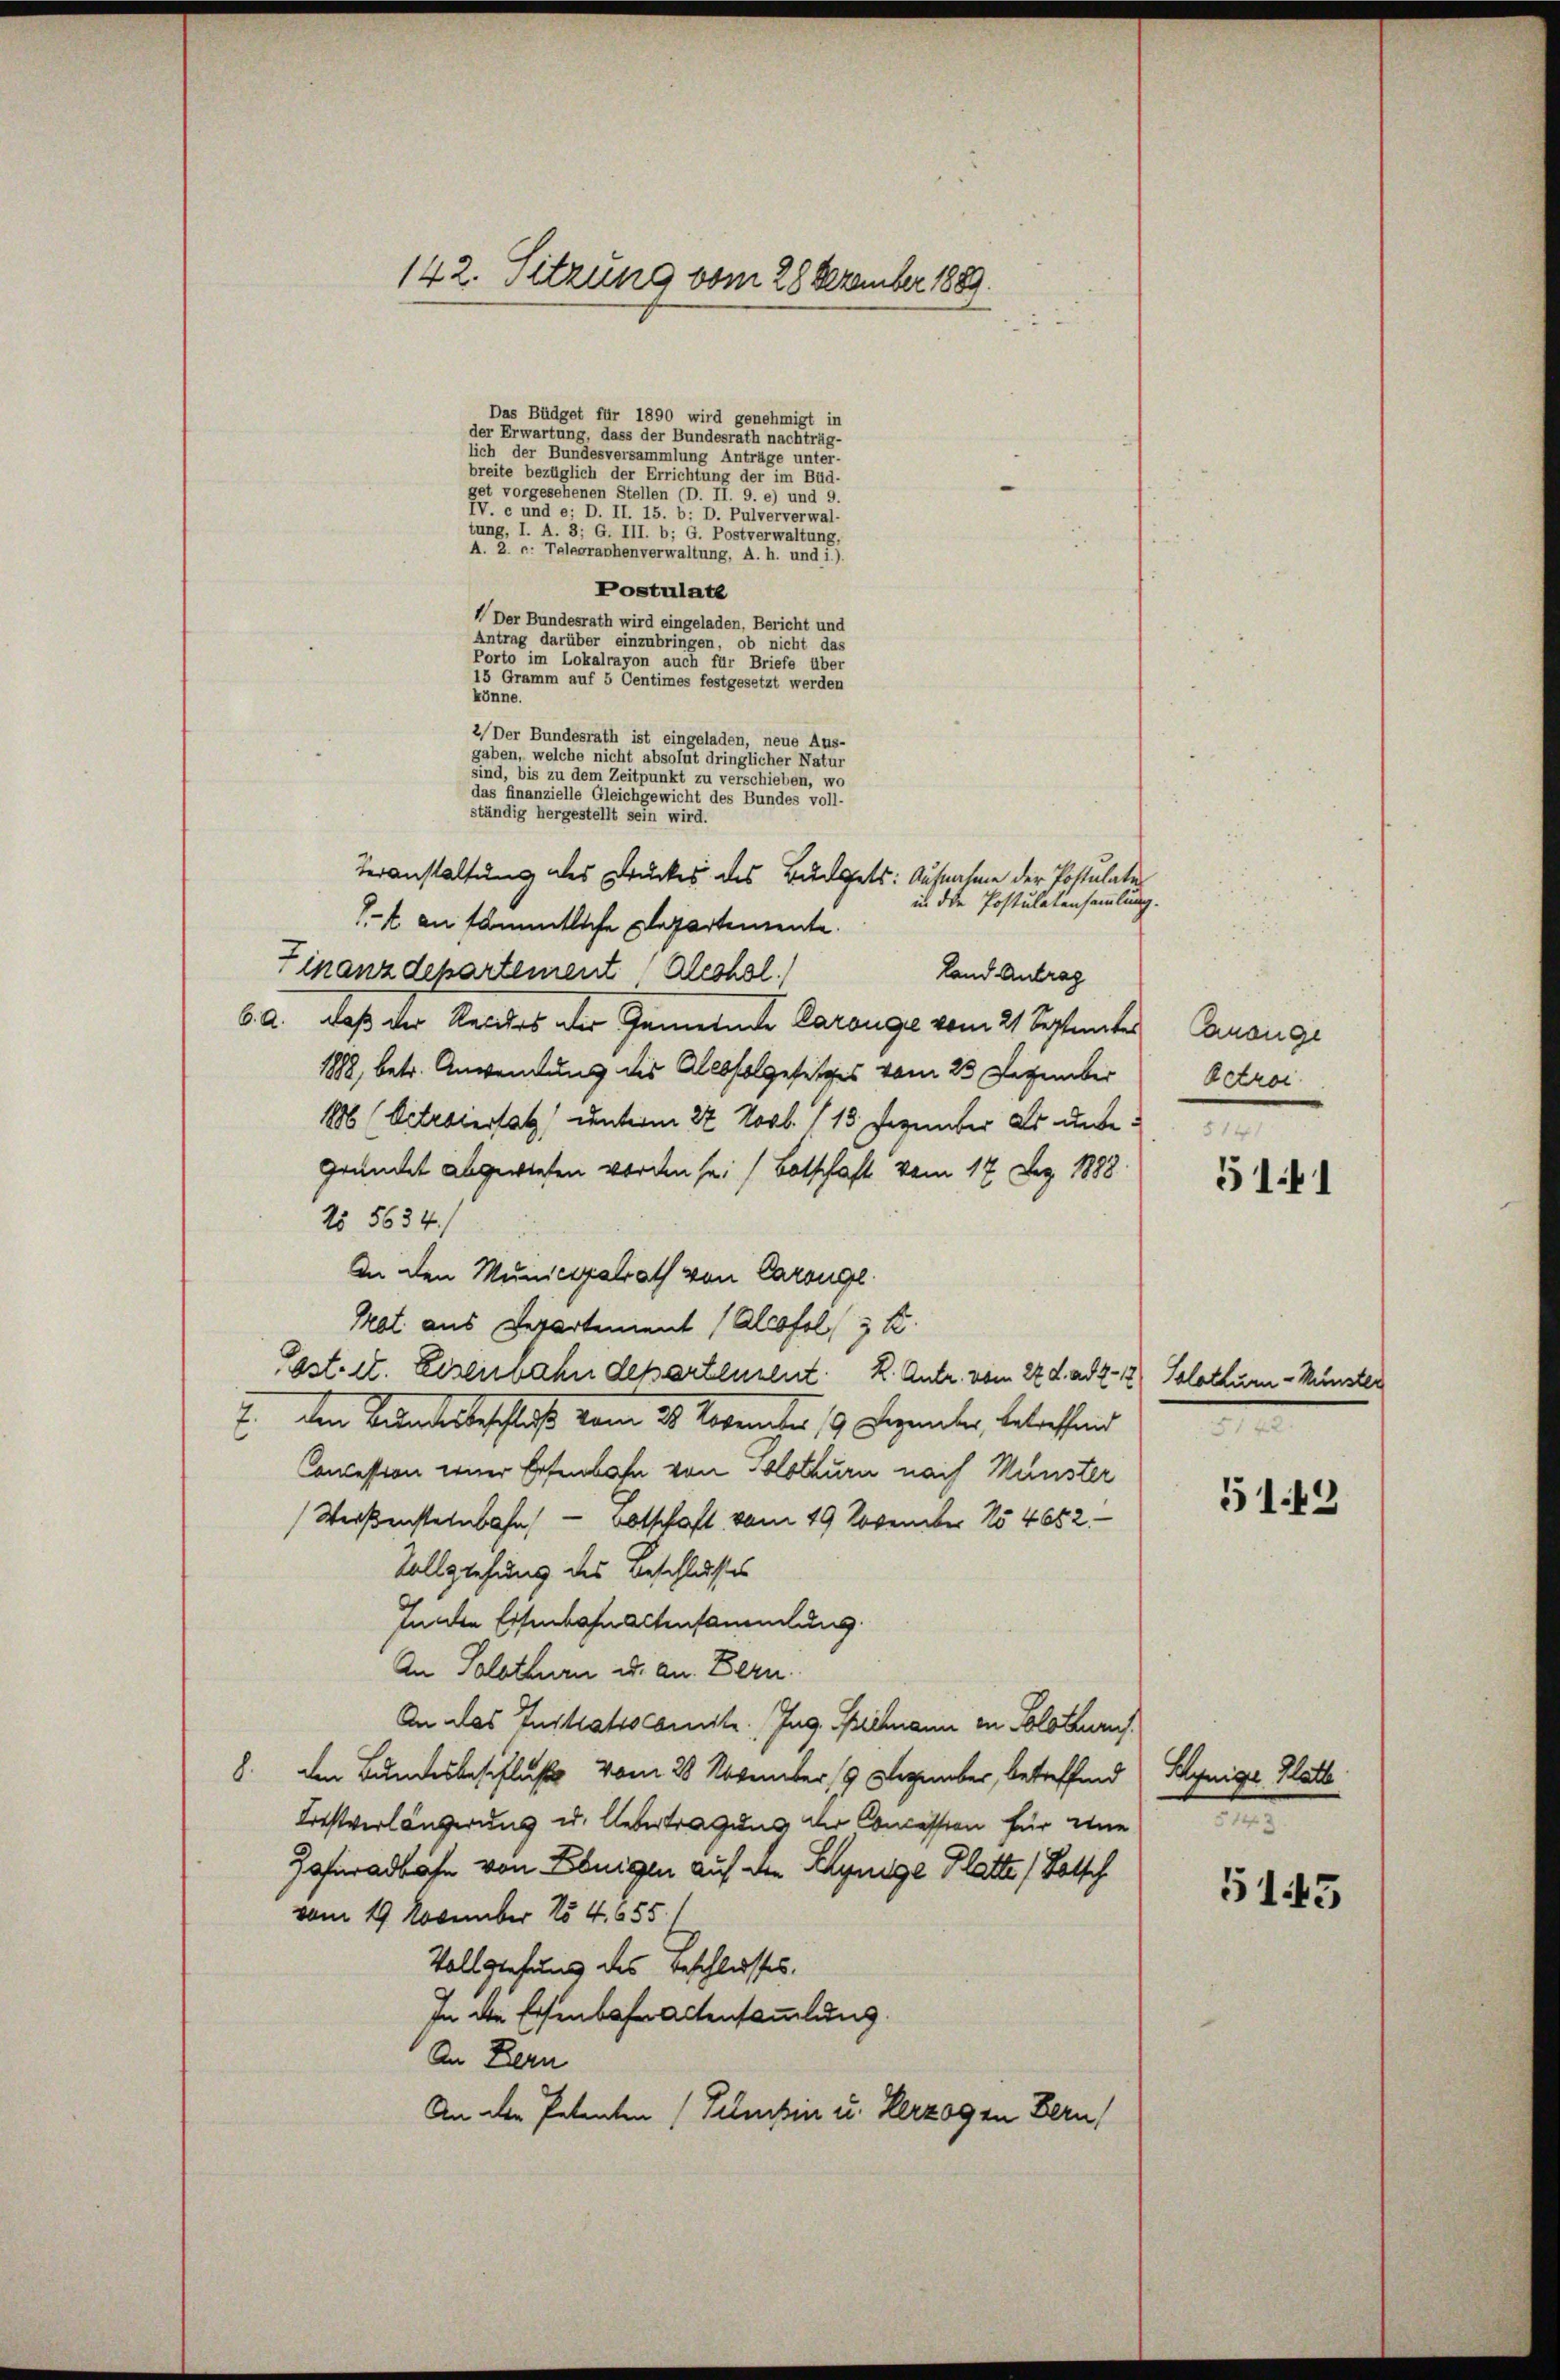
142. Sitzung vom 28 Dezember 1889.

Das Büdget für 1890 wird genehmigt in
der Erwartung, dass der Bundesrath nachträg-
lich der Bundesversammlung Anträge unter-
breite bezüglich der Errichtung der im Bud-
get vorgesehenen Stellen u. II. 9. e) und 9.
 d aus d. d. 11. d. d. Beisenornat.
tung, I. A. 3; G. III. b; G. Postverwaltung,
A. 2 u. Telegraphenverwaltung, A. h. und i.).
Postulate
 Der Bundesrath wird eingeladen, Bericht und
Antrag darüber einzubringen, ob nicht das
Porto im Lokalrayon auch für Briefe über
15 Gramm auf 5 Centimes festgesetzt werden
könne.
2) Der Bundesrath ist eingeladen, neue Aus-
gaben, welche nicht absolut dringlicher Natur
sind, bis zu dem Zeitpunkt zu verschieben, wo
das finanzielle Gleichgewicht des Bundes voll-
ständig hergestellt sein wird.
Veranstaltung des Druckes des Budgets: Aufnahme der Postulaten
in die Postulatensammlung.
1.t an sämmtliche Departemente.
Finanzdepartement Blechol
Land Antrag
5. a. daß der Kanders der Gemeinde Parange vom 21 Septemater
1888, betr. Anwendung des Allbfolgesetzes vom 23 Dezember
186 (Vitriersatz unterm 27 Novb. 115. Dezember Dr. dabe
gründet abgewiesen worden sei (Botschaft vom 17. Dez. 1888
N 5634.
An den Municipalrath von Carouge.
Pot aus Departement (Alrofol, 3 K
Post. et. Eisenbahndepartement. K. Antr. vom 22. d. ad 2. 12) Solothurn Münster
7. den Behanderbeschluß vom 24. November 19 Dezember, betreffend
Concession einer Eisenbahn von Blothurn nach Münster
Weißensteinbahn - Botschaft vom 19. November No 4682.
Vollziehung des Beschlusses
Inden Eisenbahn altensammlung.
An Solothurn u. an. Bern.
An das Instratsscomite. Zug. Bichmann in Solothurns
8. den Bundesbeschluß vom 20. November 19 Dezember, betreffend Schynige Glatt
Lestverlängerung u. Uebertragung der Concession für eine
Zafiradbahn von Ebnigen auf der Schynige Platte (Totsch
vom 19. November 154. 355.)
Vollziehung des Beschlusses.
In die Eisenbahn Actensammlung.
An Bern
An der Petenten (Pelesen u. Herzogen Bern,

Canange
Actroi
§ 141

5141

5142.

51.49

5143.

5145